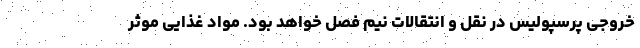
خروجی پرسپولیس در نقل و انتقالات نیم فصل خواهد بود. مواد غذایی موثر